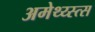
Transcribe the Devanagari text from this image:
अमेथ्य्स्त्स